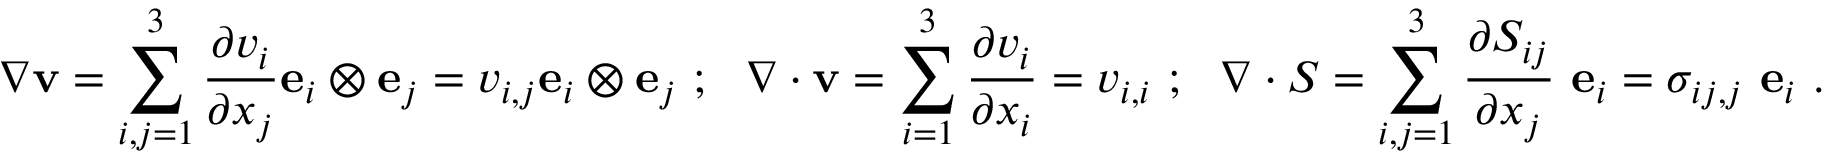
{ \boldsymbol { \nabla } } \mathbf { v } = \sum _ { i , j = 1 } ^ { 3 } { \frac { \partial v _ { i } } { \partial x _ { j } } } \mathbf { e } _ { i } \otimes \mathbf { e } _ { j } = v _ { i , j } \mathbf { e } _ { i } \otimes \mathbf { e } _ { j } ~ ; ~ ~ { \boldsymbol { \nabla } } \cdot \mathbf { v } = \sum _ { i = 1 } ^ { 3 } { \frac { \partial v _ { i } } { \partial x _ { i } } } = v _ { i , i } ~ ; ~ ~ { \boldsymbol { \nabla } } \cdot { \boldsymbol { S } } = \sum _ { i , j = 1 } ^ { 3 } { \frac { \partial S _ { i j } } { \partial x _ { j } } } ~ \mathbf { e } _ { i } = \sigma _ { i j , j } ~ \mathbf { e } _ { i } ~ .